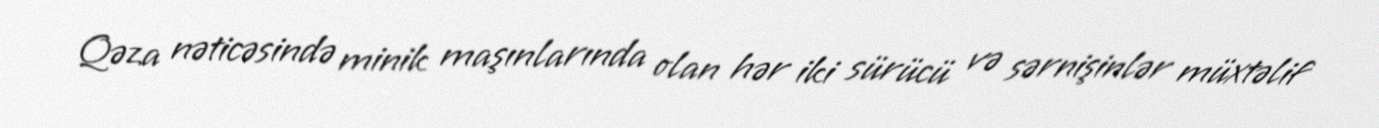
Qəza nəticəsində minik maşınlarında olan hər iki sürücü və sərnişinlər müxtəlif